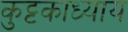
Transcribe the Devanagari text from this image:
कुट्टकाध्याय